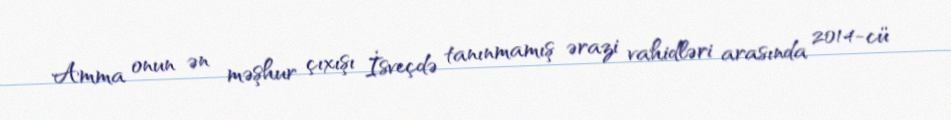
Amma onun ən məşhur çıxışı İsveçdə tanınmamış ərazi vahidləri arasında 2014-cü